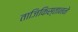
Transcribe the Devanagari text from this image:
ताजिकिस्तानने